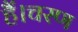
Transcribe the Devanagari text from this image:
हैं।चरण